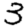
Digit: 3